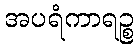
အပရံကာရဉ္စ